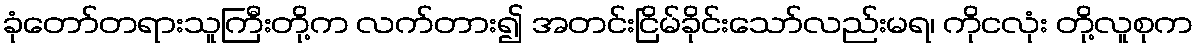
ခုံတော်တရားသူကြီးတို့က လက်တား၍ အတင်းငြိမ်ခိုင်းသော်လည်းမရ၊ ကိုငလုံး တို့လူစုက